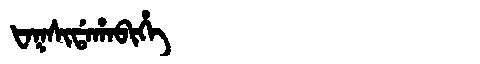
Manchu: ᡶᠠᡴᠰᡳᡩᠠᡥᠠᠪᡳᡥᡝ
Romanization: FAKSIDAHABIHE